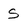
Character: S